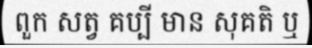
ពួក សត្វ គប្បី មាន សុគតិ ឬ